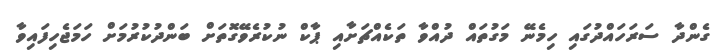
ގެންދާ ސަރަހައްދުގައި ހިމެނޭ މަގުތައް ދުއްވާ ތަކެއްޗަށާއި ޕާކް ނުކުރެވޭގޮތަށް ބަންދުކުރުމަށް ހަމަޖެހިފައިވާ